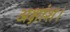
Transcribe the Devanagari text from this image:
अक्षांश।